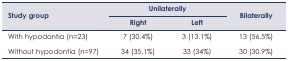
<table><thead><tr><td rowspan="3"><b>Study group</b></td><td colspan="2"><b>Unilaterally</b></td><td rowspan="3"><b>Bilaterally</b></td></tr><tr><td><b>Right</b></td><td><b>Left</b></td></tr></thead><tbody><tr><td>With hypodontia (n=23)</td><td>7 (30.4%)</td><td>3 (13.1%)</td><td>13 (56.5%)</td></tr><tr><td>Without hypodontia (n=97)</td><td>34 (35.1%)</td><td>33 (34%)</td><td>30 (30.9%)</td></tr></tbody></table>